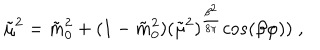
\tilde { \mu } ^ { 2 } = \tilde { m } _ { 0 } ^ { 2 } + ( 1 - \tilde { m } _ { 0 } ^ { 2 } ) ( \tilde { \mu } ^ { 2 } ) ^ { { \frac { \beta ^ { 2 } } { 8 \pi } } } c o s ( \beta \varphi ) ) \; ,